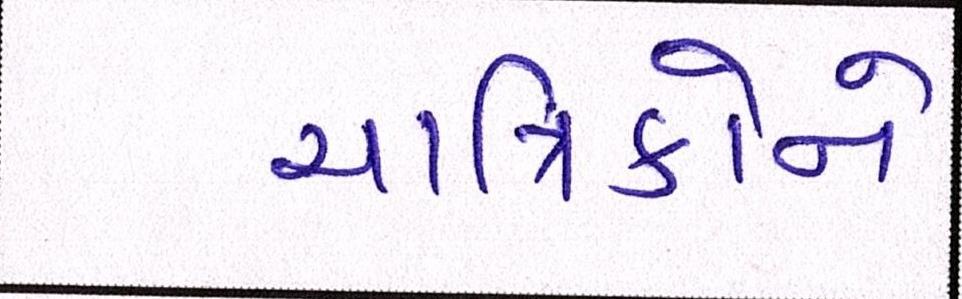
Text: યાત્રિકોને